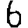
Digit: 6